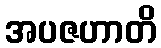
အပဇဟာတိ